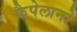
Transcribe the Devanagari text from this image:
कैपेलानो